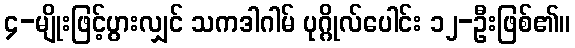
၄-မျိုးဖြင့်ပွားလျှင် သကဒါဂါမ် ပုဂ္ဂိုလ်ပေါင်း ၁၂-ဦးဖြစ်၏။